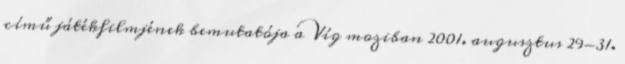
című játékfilmjének bemutatója a Víg moziban 2001. augusztus 29-31.